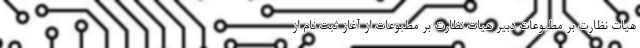
هیات نظارت بر مطبوعات دبیر هیات نظارت بر مطبوعات از آغاز ثبت نام از